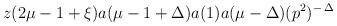
LaTeX: \begin{align*}z(2\mu-1+\xi) a(\mu-1+\Delta) a(1) a(\mu-\Delta) (p^2)^{- \, \Delta}\end{align*}